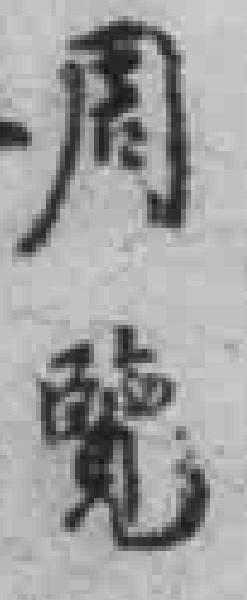
周覽